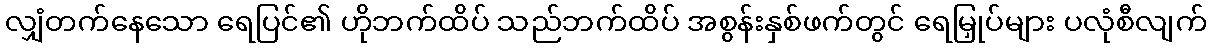
လျှံတက်နေသော ရေပြင်၏ ဟိုဘက်ထိပ် သည်ဘက်ထိပ် အစွန်းနှစ်ဖက်တွင် ရေမြှုပ်များ ပလုံစီလျက်